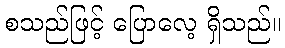
စသည်ဖြင့် ပြောလေ့ ရှိသည်။